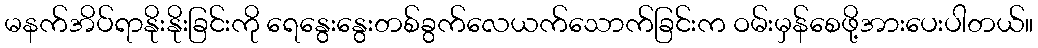
မနက်အိပ်ရာနိုးနိုးခြင်းကို ရေနွေးနွေးတစ်ခွက်လေယက်သောက်ခြင်းက ဝမ်းမှန်စေဖို့အားပေးပါတယ်။